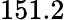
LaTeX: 151.2